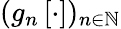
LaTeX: (g_{n}\left[\cdot\right])_{n\in\mathbb{N}}